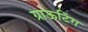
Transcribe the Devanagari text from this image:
ग्राऊटिंग